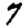
Digit: 7